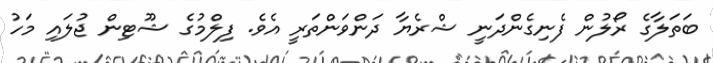
ބަތަލާގެ ރޯލުން ފެނިގެންދަނީ ޝްރެޔާ ދަންވަންތަރީ އެވެ. ފިލްމުގެ ޝޫޓިން ޖުލައި މަހު